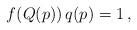
LaTeX: \begin{align*}f(Q(p))\,q(p)=1\,,\end{align*}